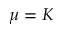
\mu = K